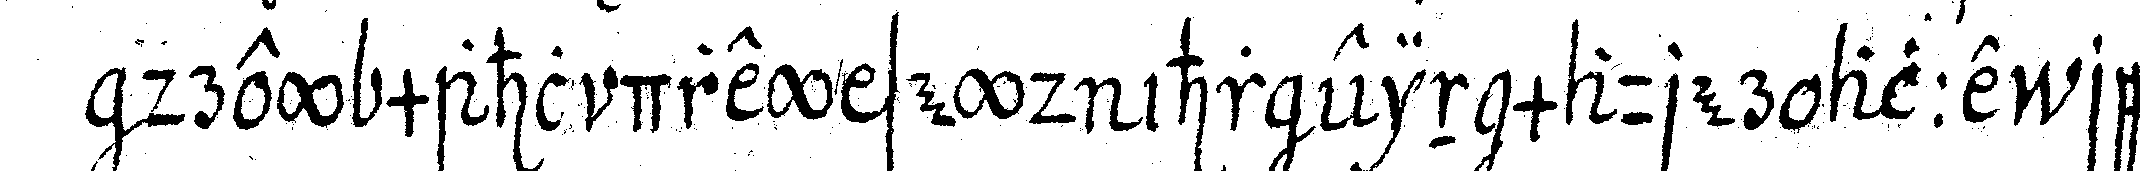
drey mahl drey seyd ihr ein maurer alle recht